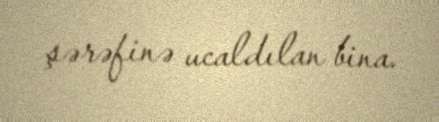
şərəfinə ucaldılan bina.